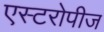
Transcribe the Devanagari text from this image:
एस्टरोपीज